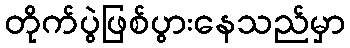
တိုက်ပွဲဖြစ်ပွားနေသည်မှာ